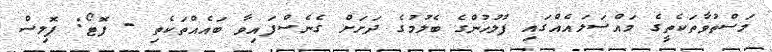
މަސްތުވާތަކެތީގެ މައްސަލައެއްގައި ފުލުހުންގެ ބެލުމުގެ ދަށަށް ގެނެސްފައިވާ ބައެއްތަކެތި - ފޮޓޯ: ޕޮލިސް